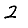
Digit: 2